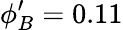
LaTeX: \phi_{B}^{\prime}=0.11